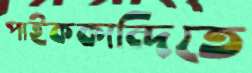
পাইককান্দিতে